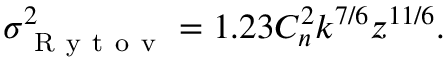
\sigma _ { \mathrm { ~ R ~ y ~ t ~ o ~ v ~ } } ^ { 2 } = 1 . 2 3 C _ { n } ^ { 2 } k ^ { 7 / 6 } z ^ { 1 1 / 6 } .